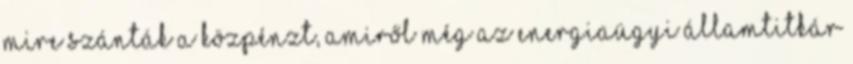
mire szánták a közpénzt, amiről még az energiaügyi államtitkár